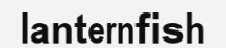
lanternfish